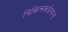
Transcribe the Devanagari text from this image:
चिकित्सकडोनाल्ड